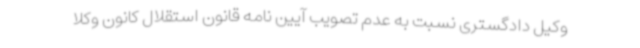
وکیل دادگستری نسبت به عدم تصویب آیین نامه قانون استقلال کانون وکلا